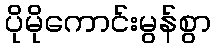
ပိုမိုကောင်းမွန်စွာ